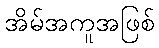
အိမ်အကူအဖြစ်